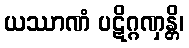
ယဿာဏံ ပဋိဂ္ဂဏှန္တိ၊